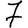
Digit: 7